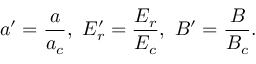
a ^ { \prime } = \frac { a } { a _ { c } } , \ E _ { r } ^ { \prime } = \frac { E _ { r } } { E _ { c } } , \ B ^ { \prime } = \frac { B } { B _ { c } } .